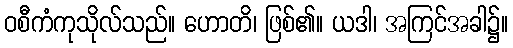
ဝစီကံကုသိုလ်သည်။ ဟောတိ၊ ဖြစ်၏။ ယဒါ၊ အကြင်အခါ၌။